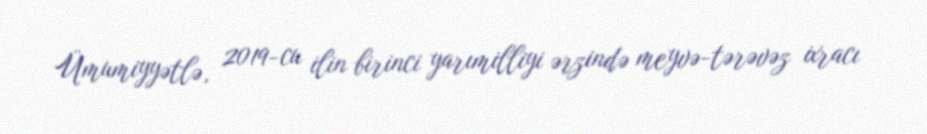
Ümumiyyətlə, 2019-cu ilin birinci yarımilliyi ərzində meyvə-tərəvəz ixracı